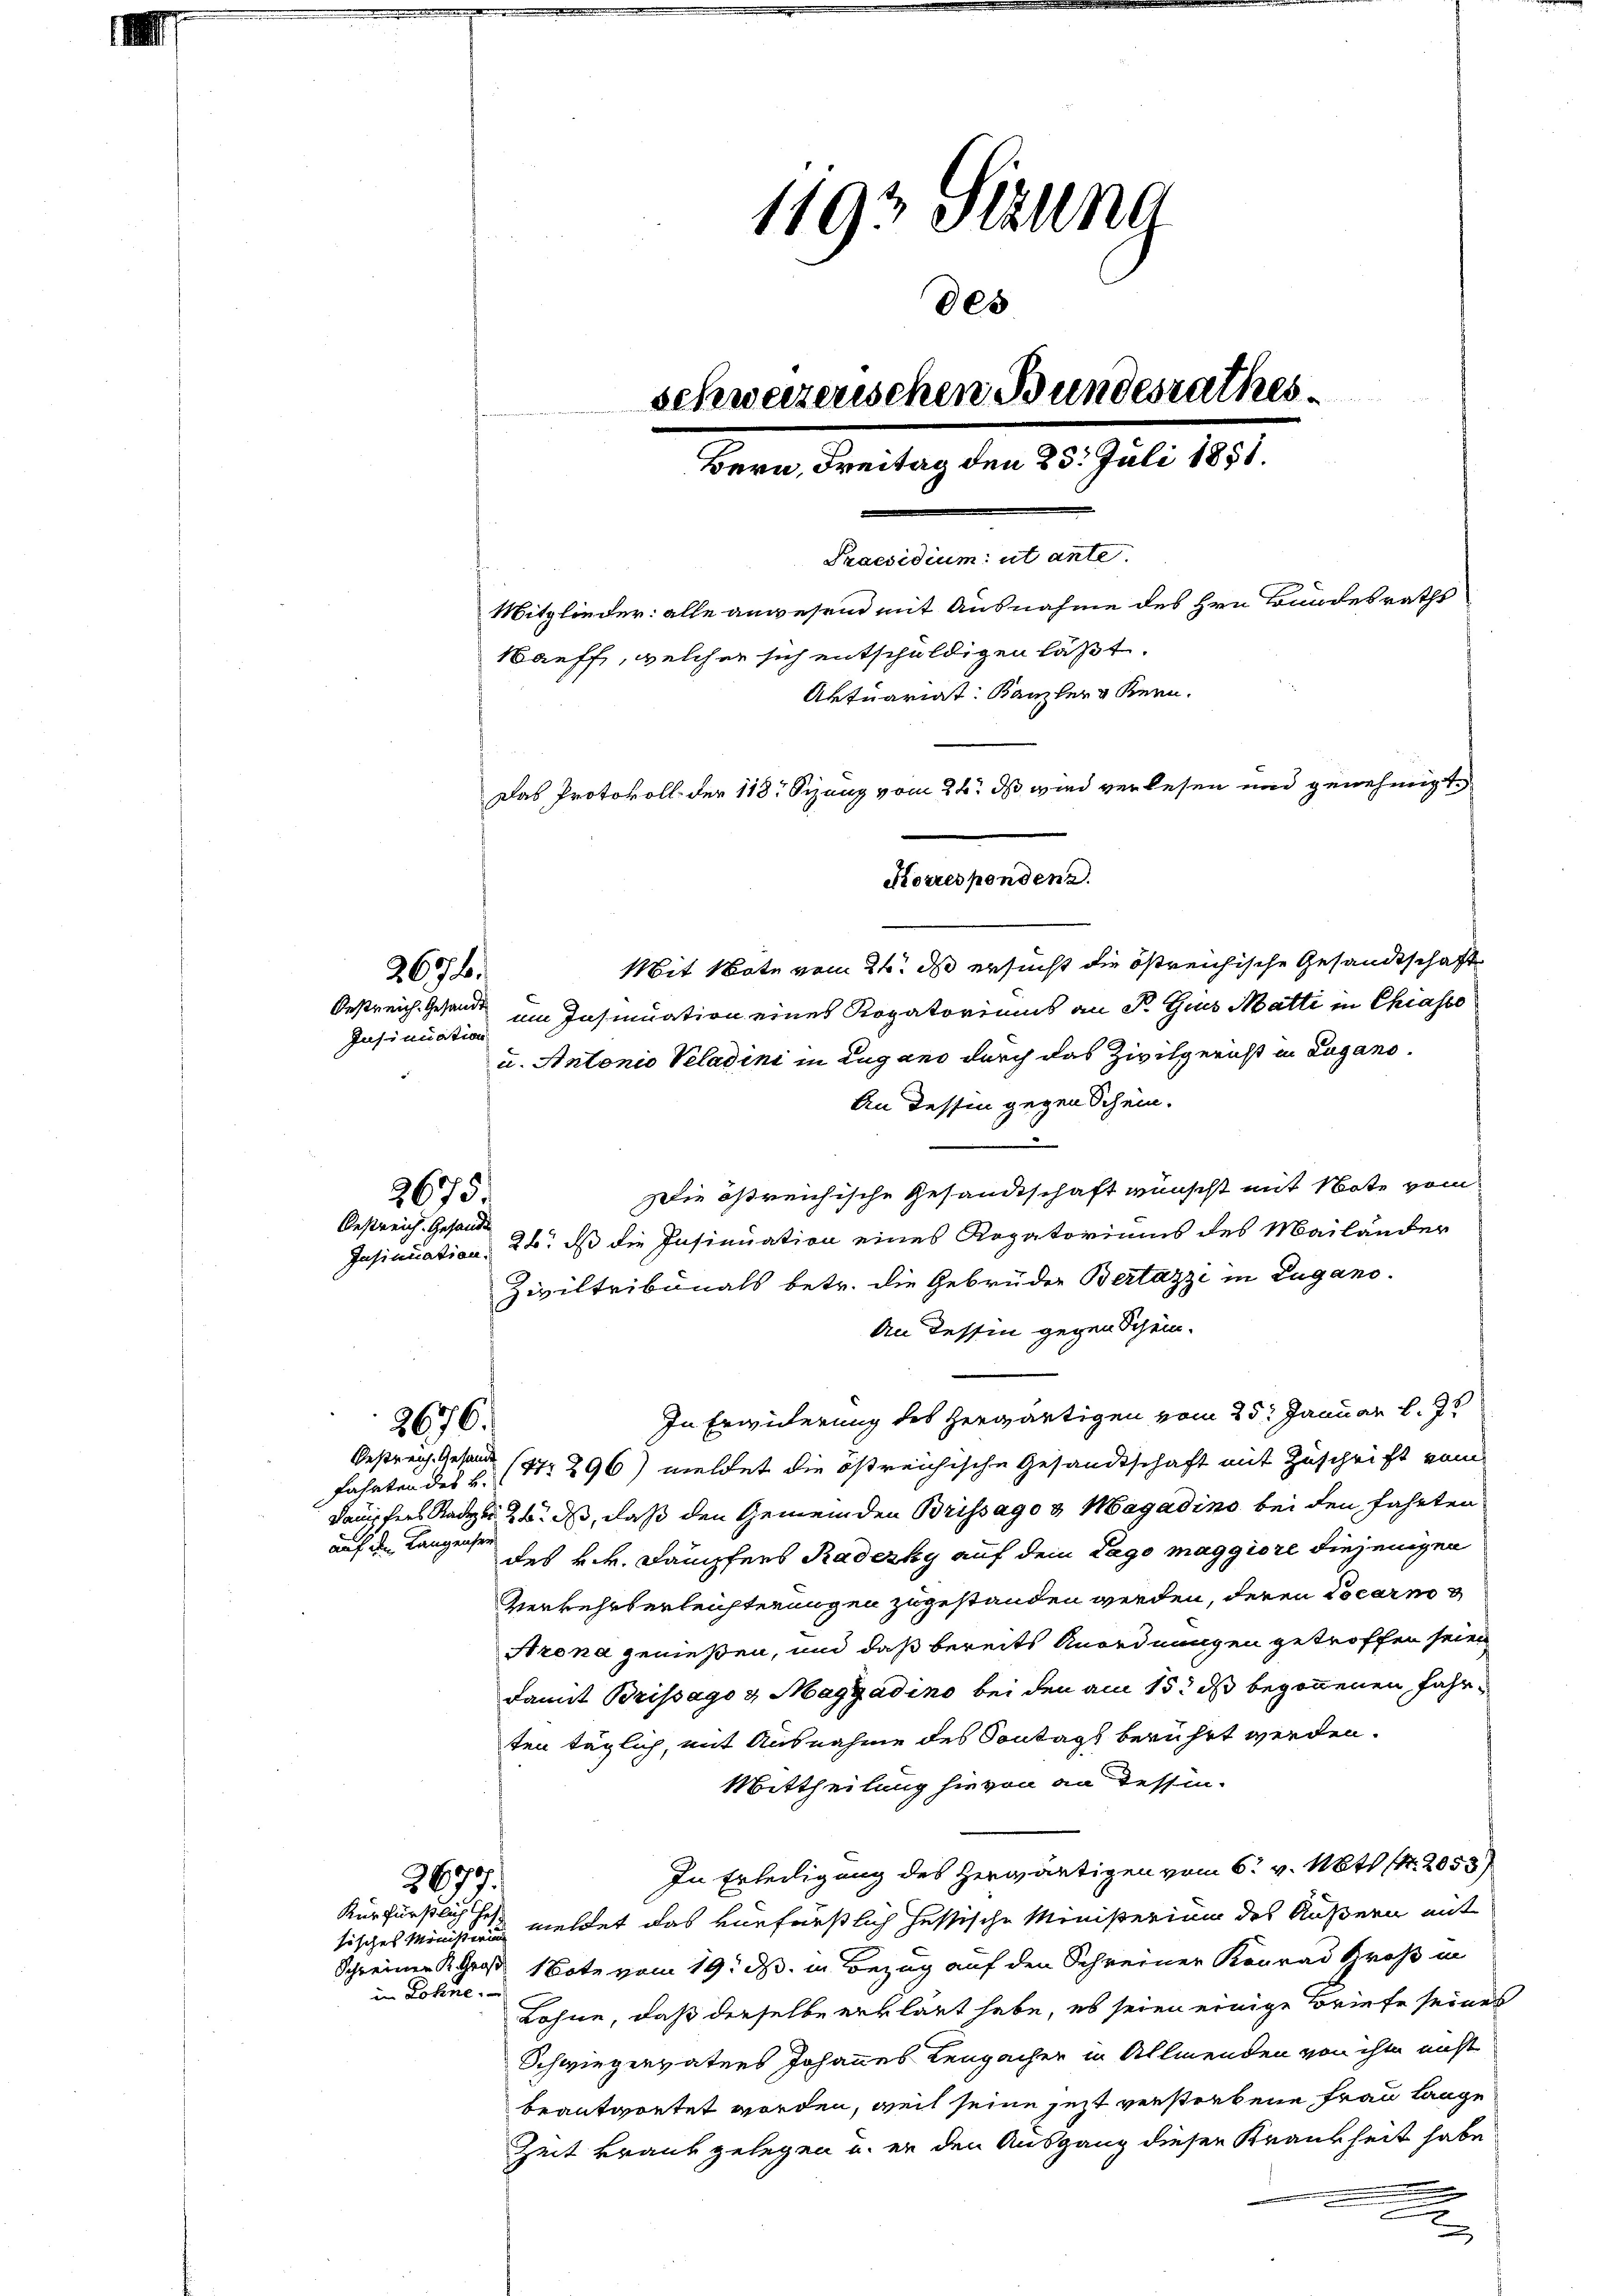
Insinuation

Mit Note vom 24. ds ersucht die östreichische Gesandtschaft
Oestreich. Gesandt im Insinuation eines Rogatoriums an P. Gius Matti in Chiasso
u. Antonio Veladini in Lugano durch das Zivilgericht in Lugano.
An dessin gegen Schein.
Die östreichische Gesandtschaft wünscht mit Note vom
Insinuation 22. ds die Insinuation eines Rogatoriums des Mailänder
Ziviltribunals betr. die Gebrüder Bertazzi in Lugano.
An dessin gegen Schein.
In Erwiderung des herwärtigen vom 25. Januar l. Js
Oestreich Gesandt (1296) meldet die östreichische Gesandtschaft mit Zuschrift vom
fahrten des L.
Dampfers Raden 26. ds, daß den Gemeinden Brissage & Magadino bei den fahrten
auf den Langensei
des k.k. Dampfers Radezky auf dem Lago maggiore diejenigen
Verkehrterleichterungen zugestanden werden, deren Locarno
Azona genießen, und daß bereits Anordnungen getroffen seien,
damit Brissago & Magyadino bei den am 15. ds begonnenen Fahrten täglich, mit Ausnahme des Sontags berührt werden.
Mittheilung hievon an dessen-
In Erledigung des Herwärtigen vom 6. v. Mts. 1. 2058
2677.
Kurfürstlich hef-
tisches Ministerin meldet das verfürstlich fessische Ministerium des Äußern mit
Schreinen K. Grad Note vom 19. ds. in Bezug auf den Schreiner Konrad Groß in
in Lohne
Lohne, daß derselbe erklärt habe, es seien einige Briefe seines
Schwiegervatens Johannes Leuzachen in Allmenden von ihm nicht
beantwortet worden, weil seine jetzt verstorbene Frau Lange
Zeit kraus gelegen u. er den Ausgang diesen Krankheit habe
.
e

267.

2675.
Oestreich. Gesandt

1193 Stalna
des
schweizerischen Bundesrathes.
Bern, Freitag den 25. Juli 1858.
Praesidium ut ante.
Mitglieder: alle anwesend mit Ausnahme des Hrn. Bundesraths
Mauff, welcher sich entschuldigen läßt.
Aktuariat. Kanzler Kern.
Das Protokoll der 118. Sizung vom 24. ds wird verlesen und genehmigt,
Korrespondenz.

2676.

x